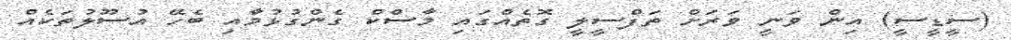
(ސީޑީސީ) އިން ވަނީ ވަރަށް ތަފްސީލީ ގޮތެއްގައި މާސްކް ގެންގުޅުމާއި ބެހޭ އުސޫލުތަކެއް